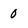
Character: 0